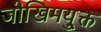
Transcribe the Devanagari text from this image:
जोखिमयु्क्त